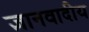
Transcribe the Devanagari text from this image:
ज्ञानवादीय